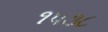
૧૫૩૮